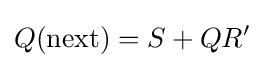
Q({\text{next}})=S+QR'